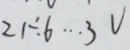
2 1 \div 6 \cdots 3 v